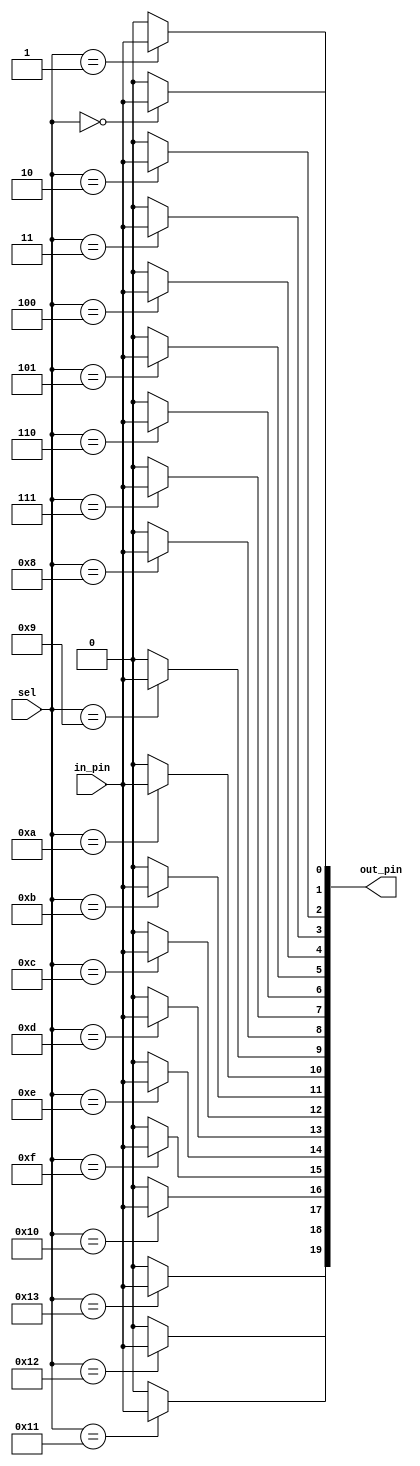
module output_demux #(parameter C_FSM_SWITCH_WIDTH=20, C_INTERFACE=0)(
    input [4:0] sel,
    input in_pin,
    output reg [C_FSM_SWITCH_WIDTH-1:0] out_pin
    );
    
    generate
    case (C_INTERFACE)
       0: begin: ARDUINO
                 always @(sel, in_pin)
                   begin
                       out_pin = 20'h00000;
                       case(sel)
                           5'h00 : out_pin[0] = in_pin;
                           5'h01 : out_pin[1] = in_pin;
                           5'h02 : out_pin[2] = in_pin;
                           5'h03 : out_pin[3] = in_pin;
                           5'h04 : out_pin[4] = in_pin;
                           5'h05 : out_pin[5] = in_pin;
                           5'h06 : out_pin[6] = in_pin;
                           5'h07 : out_pin[7] = in_pin;
                           5'h08 : out_pin[8] = in_pin;
                           5'h09 : out_pin[9] = in_pin;
                           5'h0A : out_pin[10] = in_pin;
                           5'h0B : out_pin[11] = in_pin;
                           5'h0C : out_pin[12] = in_pin;
                           5'h0D : out_pin[13] = in_pin;
                           5'h0E : out_pin[14] = in_pin;
                           5'h0F : out_pin[15] = in_pin;
                           5'h10 : out_pin[16] = in_pin;
                           5'h11 : out_pin[17] = in_pin;
                           5'h12 : out_pin[18] = in_pin;
                           5'h13 : out_pin[19] = in_pin;
                       endcase
                   end
                 end
       1: begin: RASPBERRYPI
                 always @(sel, in_pin)
                   begin
                       out_pin = 26'h00000;
                       case(sel)
                           5'h00 : out_pin[0] = in_pin;
                           5'h01 : out_pin[1] = in_pin;
                           5'h02 : out_pin[2] = in_pin;
                           5'h03 : out_pin[3] = in_pin;
                           5'h04 : out_pin[4] = in_pin;
                           5'h05 : out_pin[5] = in_pin;
                           5'h06 : out_pin[6] = in_pin;
                           5'h07 : out_pin[7] = in_pin;
                           5'h08 : out_pin[8] = in_pin;
                           5'h09 : out_pin[9] = in_pin;
                           5'h0A : out_pin[10] = in_pin;
                           5'h0B : out_pin[11] = in_pin;
                           5'h0C : out_pin[12] = in_pin;
                           5'h0D : out_pin[13] = in_pin;
                           5'h0E : out_pin[14] = in_pin;
                           5'h0F : out_pin[15] = in_pin;
                           5'h10 : out_pin[16] = in_pin;
                           5'h11 : out_pin[17] = in_pin;
                           5'h12 : out_pin[18] = in_pin;
                           5'h13 : out_pin[19] = in_pin;
                           5'h14 : out_pin[20] = in_pin;
                           5'h15 : out_pin[21] = in_pin;
                           5'h16 : out_pin[22] = in_pin;
                           5'h17 : out_pin[23] = in_pin;
                           5'h18 : out_pin[24] = in_pin;
                           5'h19 : out_pin[25] = in_pin;
                       endcase
                   end
                  end
       default: begin: ARDUINO
                       always @(sel, in_pin)
                       begin
                           out_pin = 20'h00000;
                           case(sel)
                               5'h00 : out_pin[0] = in_pin;
                               5'h01 : out_pin[1] = in_pin;
                               5'h02 : out_pin[2] = in_pin;
                               5'h03 : out_pin[3] = in_pin;
                               5'h04 : out_pin[4] = in_pin;
                               5'h05 : out_pin[5] = in_pin;
                               5'h06 : out_pin[6] = in_pin;
                               5'h07 : out_pin[7] = in_pin;
                               5'h08 : out_pin[8] = in_pin;
                               5'h09 : out_pin[9] = in_pin;
                               5'h0A : out_pin[10] = in_pin;
                               5'h0B : out_pin[11] = in_pin;
                               5'h0C : out_pin[12] = in_pin;
                               5'h0D : out_pin[13] = in_pin;
                               5'h0E : out_pin[14] = in_pin;
                               5'h0F : out_pin[15] = in_pin;
                               5'h10 : out_pin[16] = in_pin;
                               5'h11 : out_pin[17] = in_pin;
                               5'h12 : out_pin[18] = in_pin;
                               5'h13 : out_pin[19] = in_pin;
                           endcase
                       end
                end
    endcase
    endgenerate


endmodule